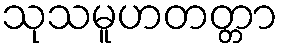
သုသမူဟတတ္တာ